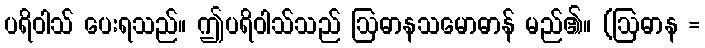
ပရိဝါသ် ပေးရသည်။ ဤပရိဝါသ်သည် ဩဓာနသမောဓာန် မည်၏။ (ဩဓာန =